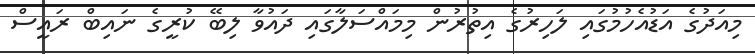
މިއަދުގެ އަޑުއެހުމުގައި ލަހިރުގެ އިތުރުން މިމައްސަލާގައި ދައުވާ ލިބޭ ކުރީގެ ނައިބް ރައީސް